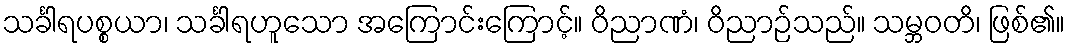
သင်္ခါရပစ္စယာ၊ သင်္ခါရဟူသော အကြောင်းကြောင့်။ ဝိညာဏံ၊ ဝိညာဉ်သည်။ သမ္ဘဝတိ၊ ဖြစ်၏။